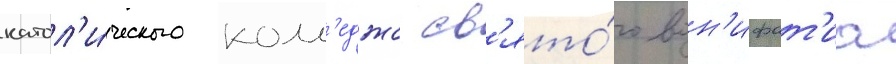
катол'и́ческого колл'еджа св'ято́го вон'ифат'иа